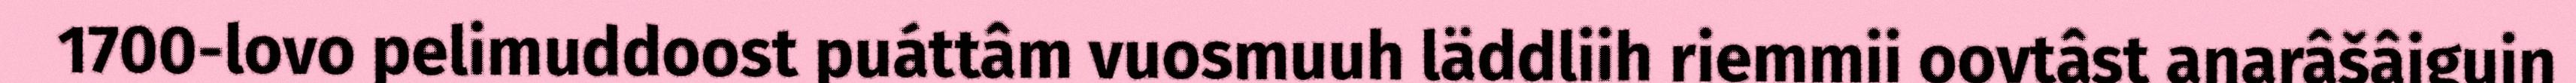
1700-lovo pelimuddoost puáttâm vuosmuuh läddliih riemmii oovtâst anarâšâiguin